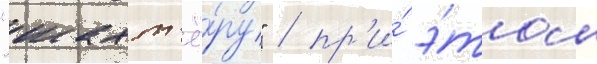
"шахт'ё́ру" / пр'и́ э́том